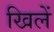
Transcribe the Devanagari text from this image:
खिलें